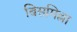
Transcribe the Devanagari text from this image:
बिसमिल्ला